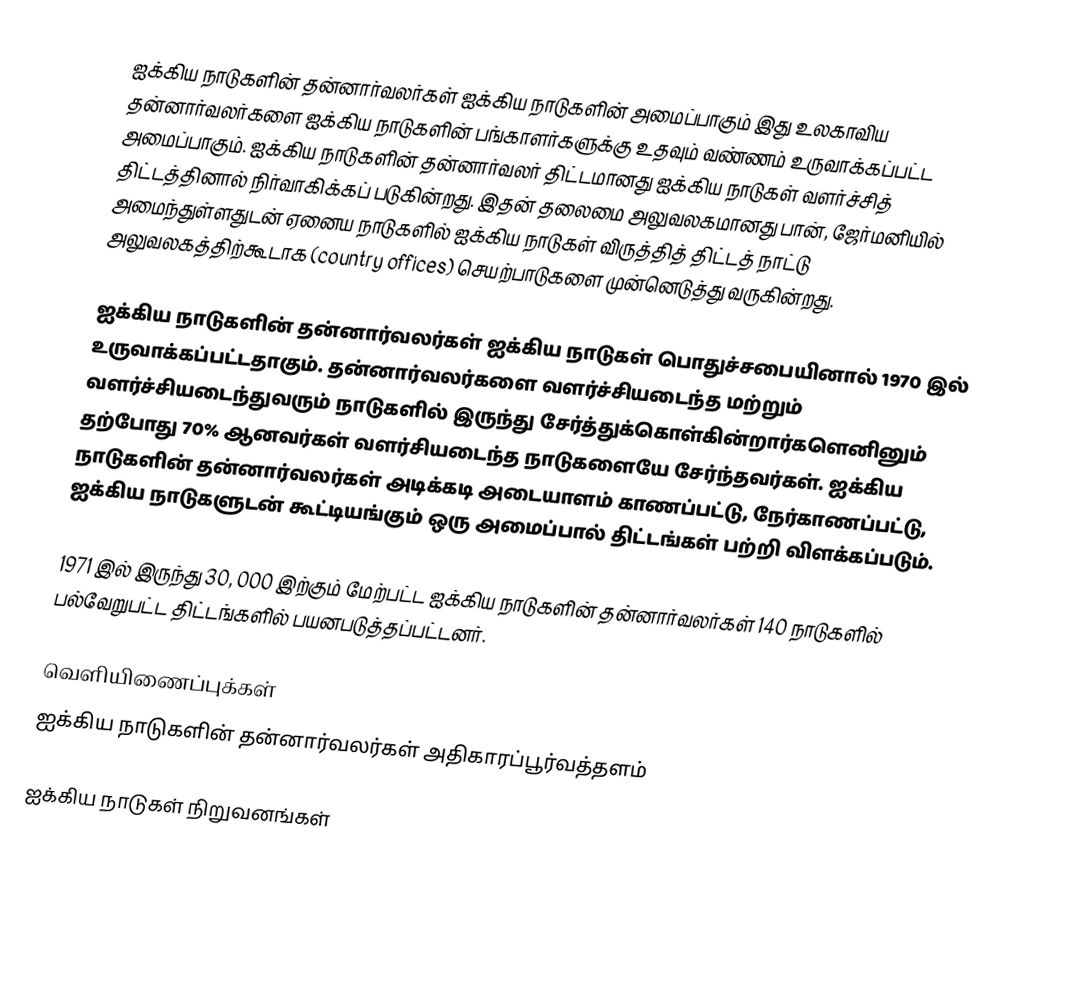
ஐக்கிய நாடுகளின் தன்னார்வலர்கள் ஐக்கிய நாடுகளின் அமைப்பாகும் இது உலகாவிய தன்னார்வலர்களை ஐக்கிய நாடுகளின் பங்காளர்களுக்கு உதவும் வண்ணம் உருவாக்கப்பட்ட அமைப்பாகும். ஐக்கிய நாடுகளின் தன்னார்வலர் திட்டமானது ஐக்கிய நாடுகள் வளர்ச்சித் திட்டத்தினால் நிர்வாகிக்கப் படுகின்றது. இதன் தலைமை அலுவலகமானது பான், ஜேர்மனியில் அமைந்துள்ளதுடன் ஏனைய நாடுகளில் ஐக்கிய நாடுகள் விருத்தித் திட்டத் நாட்டு அலுவலகத்திற்கூடாக (country offices) செயற்பாடுகளை முன்னெடுத்து வருகின்றது.

ஐக்கிய நாடுகளின் தன்னார்வலர்கள் ஐக்கிய நாடுகள் பொதுச்சபையினால் 1970 இல் உருவாக்கப்பட்டதாகும்.  தன்னார்வலர்களை வளர்ச்சியடைந்த மற்றும் வளர்ச்சியடைந்துவரும் நாடுகளில் இருந்து சேர்த்துக்கொள்கின்றார்களெனினும் தற்போது 70% ஆனவர்கள் வளர்சியடைந்த நாடுகளையே சேர்ந்தவர்கள். ஐக்கிய நாடுகளின் தன்னார்வலர்கள் அடிக்கடி அடையாளம் காணப்பட்டு, நேர்காணப்பட்டு, ஐக்கிய நாடுகளுடன் கூட்டியங்கும் ஒரு அமைப்பால் திட்டங்கள் பற்றி விளக்கப்படும்.

1971 இல் இருந்து 30, 000 இற்கும் மேற்பட்ட ஐக்கிய நாடுகளின் தன்னார்வலர்கள் 140 நாடுகளில் பல்வேறுபட்ட திட்டங்களில் பயனபடுத்தப்பட்டனர்.

வெளியிணைப்புக்கள்
ஐக்கிய நாடுகளின் தன்னார்வலர்கள் அதிகாரப்பூர்வத்தளம்

ஐக்கிய நாடுகள் நிறுவனங்கள்